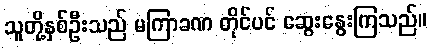
သူတို့နှစ်ဦးသည် မကြာခဏ တိုင်ပင် ဆွေးနွေးကြသည်။